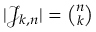
\textstyle | { \mathcal { J } } _ { k , n } | = { \binom { n } { k } }